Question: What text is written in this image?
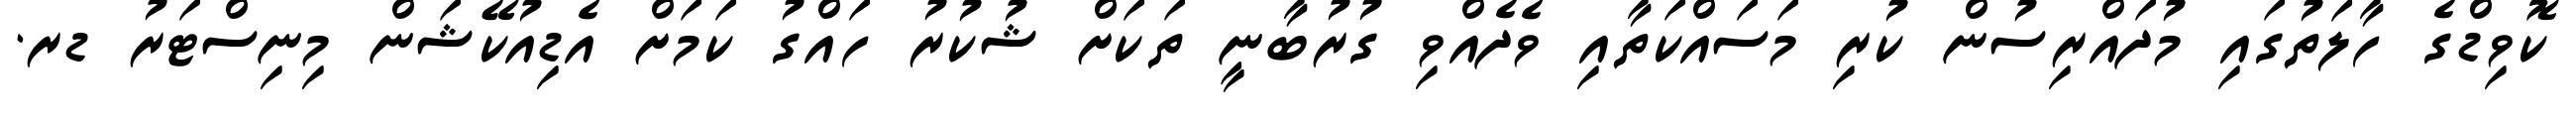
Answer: ކޮވިޑްގެ ހާލަތުގައި މުދައްރިސުން ކުރި މަސައްކަތާއި ވެދެއްވި ގުރުބާނީ ތަކަށް ޝުކުރު ހައްގު ކަމަށް އެޑިއުކޭޝަން މިނިސްޓަރު ޑރ.